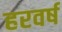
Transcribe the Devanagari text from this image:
हरवर्ष